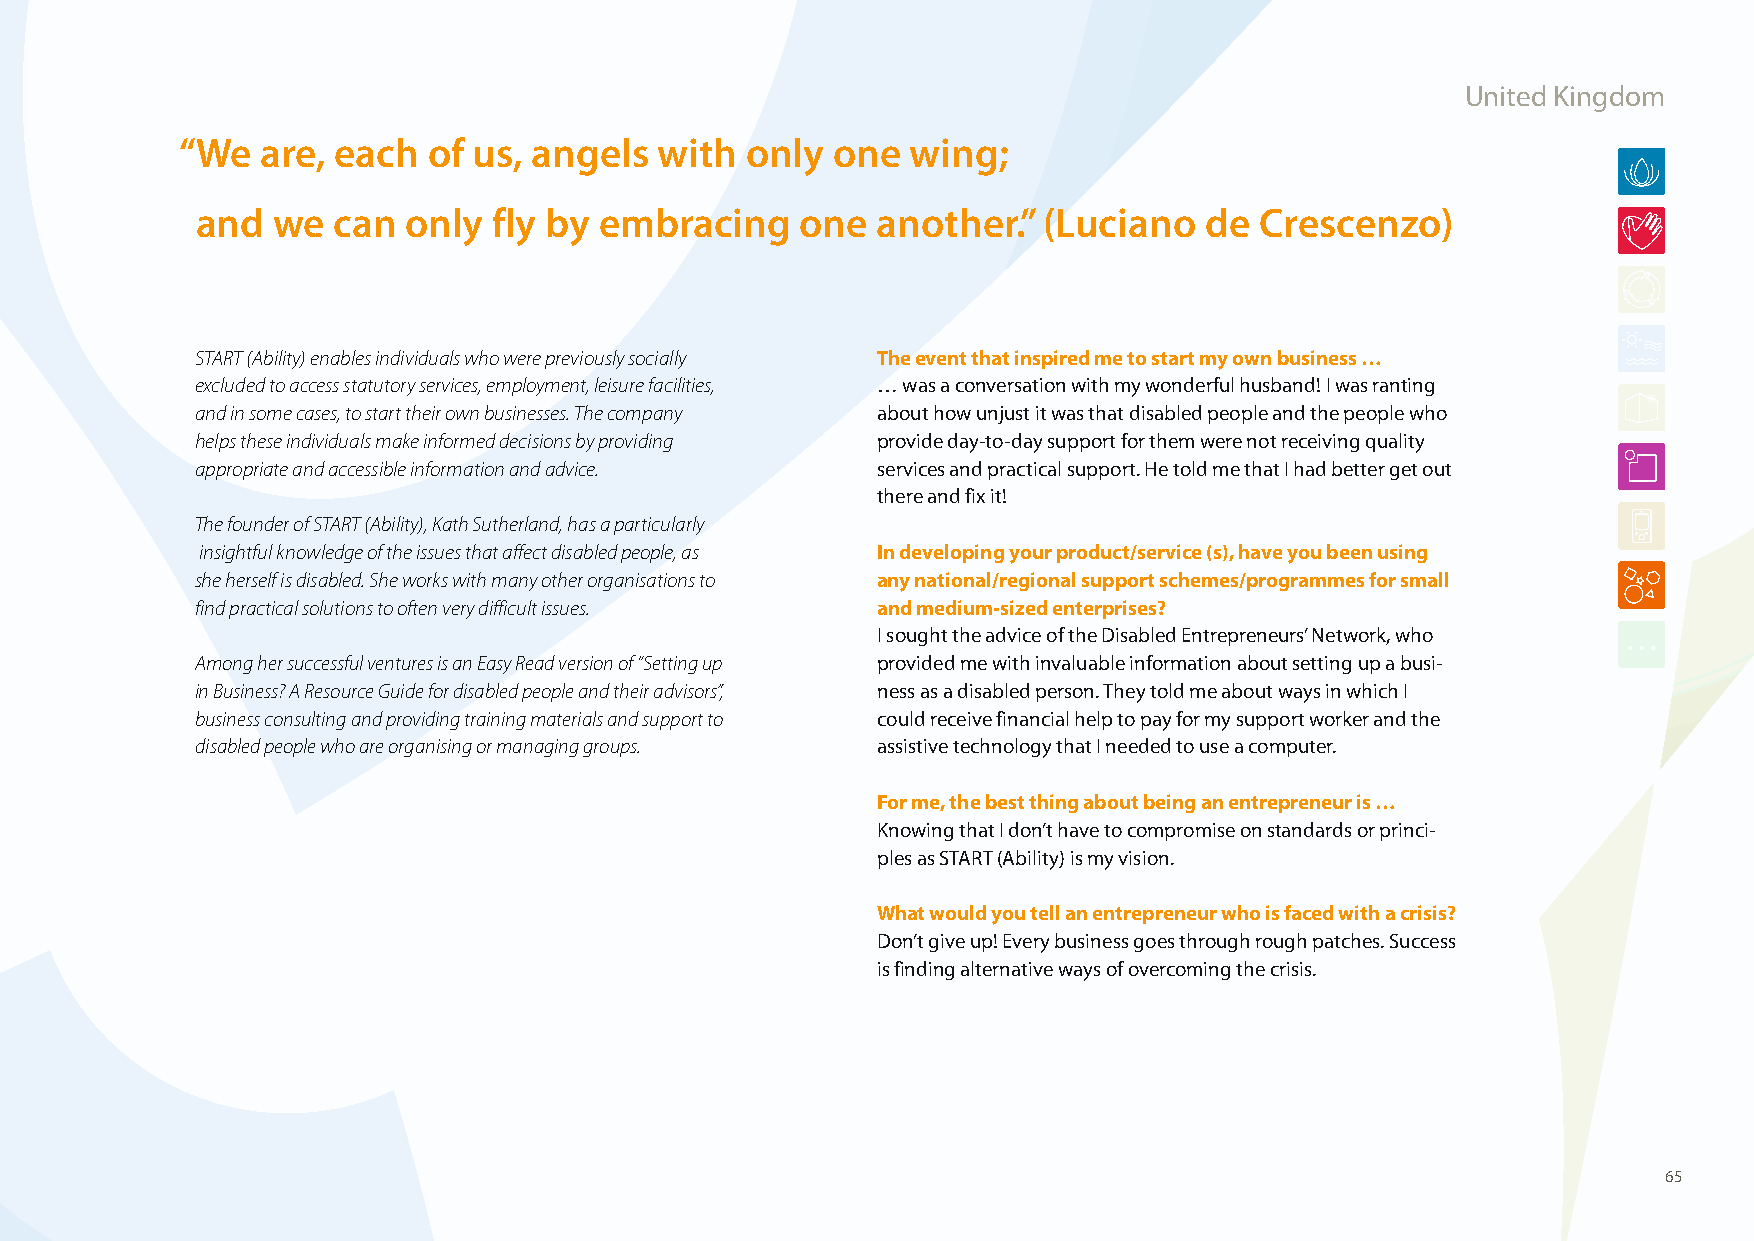
United Kingdom
 “ We are, each  of us, angels   with only  one  wing;
 and  we  can  only  fly by embracing    one  another.”  (Luciano   de Crescenzo)
 START (Ability) enables individuals who were previously socially The event that inspired me to start my own business …
 excluded to access statutory services, employment, leisure facilities, … was a conversation with my wonderful husband! I was ranting
 and in some cases, to start their own businesses. The company about how unjust it was that disabled people and the people who
 helps these individuals make informed decisions by providing provide day-to-day support for them were not receiving quality
 appropriate and accessible information and advice. services and practical support. He told me that I had better get out
 there and fix it!
 The founder of START (Ability), Kath Sutherland, has a particularly
 insightful knowledge of the issues that affect disabled people, as In developing your product/service (s), have you been using
 she herself is disabled. She works with many other organisations to any national/regional support schemes/programmes for small
 find practical solutions to often very difficult issues. and medium-sized enterprises?
 I sought the advice of the Disabled Entrepreneurs’ Network, who
 Among her successful ventures is an Easy Read version of “Setting up provided me with invaluable information about setting up a busi-
 in Business? A Resource Guide for disabled people and their advisors”, ness as a disabled person. They told me about ways in which I
 business consulting and providing training materials and support to could receive financial help to pay for my support worker and the
 disabled people who are organising or managing groups. assistive technology that I needed to use a computer.
 For me, the best thing about being an entrepreneur is …
 Knowing that I don’t have to compromise on standards or princi-
 ples as START (Ability) is my vision.
 What would you tell an entrepreneur who is faced with a crisis?
 Don’t give up! Every business goes through rough patches. Success
 is finding alternative ways of overcoming the crisis.
 65
 100426_SMEweek_broch_A4quer_hw.indd 65                                                                   27.04.2010 9:15:02 Uhr